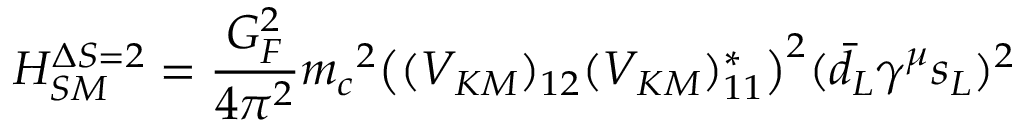
{ \cal H } _ { S M } ^ { \Delta S = 2 } = \frac { G _ { F } ^ { 2 } } { 4 { \pi } ^ { 2 } } { m _ { c } } ^ { 2 } \big ( ( V _ { K M } ) _ { 1 2 } ( V _ { K M } ) _ { 1 1 } ^ { * } \big ) ^ { 2 } ( \bar { d } _ { L } \gamma ^ { \mu } s _ { L } ) ^ { 2 }